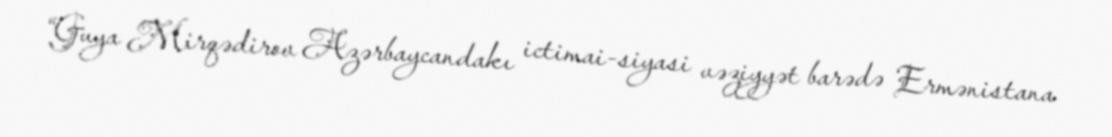
“Guya Mirqədirov Azərbaycandakı ictimai-siyasi vəziyyət barədə Ermənistana